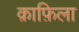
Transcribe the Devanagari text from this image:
क़ाफ़िला